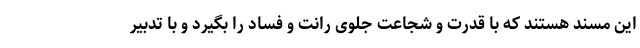
این مسند هستند که با قدرت و شجاعت جلوی رانت و فساد را بگیرد و با تدبیر